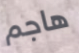
هاجم